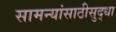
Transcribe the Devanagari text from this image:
सामन्यांसाठीसुद्धा